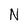
Character: N